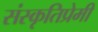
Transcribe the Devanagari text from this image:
संस्कृतिप्रेमी